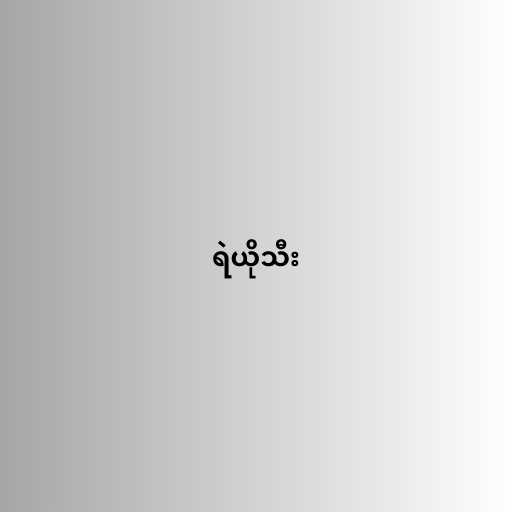
ရဲယိုသီး